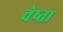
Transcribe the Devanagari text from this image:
चेष्ता